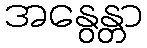
အနွေန္တာ